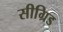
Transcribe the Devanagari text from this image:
सीग्रिड